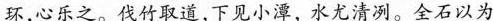
环，心乐之。伐竹取道，下贱小潭，水尤清冽。全石以为